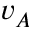
v _ { A }